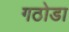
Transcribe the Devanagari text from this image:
गठोडा